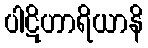
ပါဋိဟာရိယာနိ